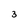
Character: 3